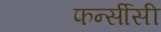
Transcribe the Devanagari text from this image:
फर्न्सीसी